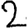
Digit: 2